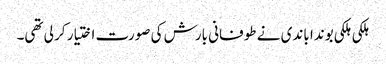
ہلکی ہلکی بوندا باندی نے طوفانی بارش کی صورت اختیار کر لی تھی۔